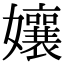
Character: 孃